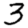
Digit: 3